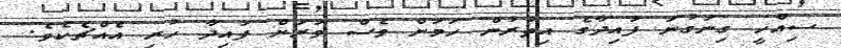
ސިއްހީ ގިނަގުނަ ފައިދާގެ އިތުރުން ހަމަށް ވެސް ވަރަށް ފައިދާ ހުރި އެއްޗެކެވެ.